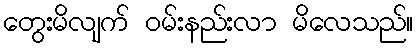
တွေးမိလျက် ဝမ်းနည်းလာ မိလေသည်။